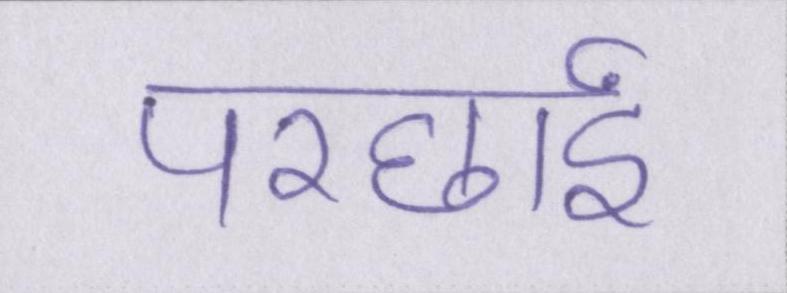
परछाईं